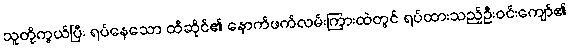
သူတို့ကွယ်ပြီး ရပ်နေသော ထီဆိုင်၏ နောက်ဖက်လမ်းကြားထဲတွင် ရပ်ထားသည့်ဦးဝင်းကျော်၏